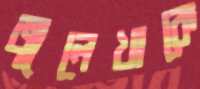
জুলেখাকে